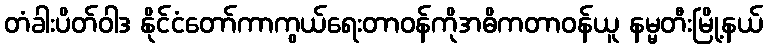
တံခါးပိတ်ဝါဒ နိုင်ငံတော်ကာကွယ်ရေးတာဝန်ကိုအဓိကတာဝန်ယူ နမ္မတီးမြို့နယ်